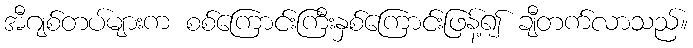
အီဂျစ်တပ်များက စစ်ကြောင်းကြီးနှစ်ကြောင်းဖြန့်၍ ချီတက်လာသည်။